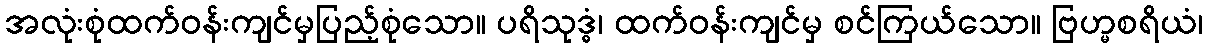
အလုံးစုံထက်ဝန်းကျင်မှပြည့်စုံသော။ ပရိသုဒ္ဓံ၊ ထက်ဝန်းကျင်မှ စင်ကြယ်သော။ ဗြဟ္မစရိယံ၊